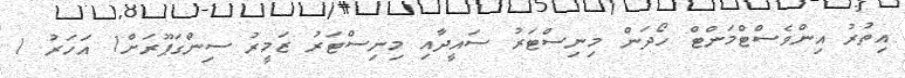
އިތުރު އިންވެސްޓްމަންޓް ހޯދަން މިނިސްޓަރު ސައީދާއި މިނިސްޓަރު ޒަމީރު ސިންގަޕޫރަށް1 އަހަރު 1